Supplement to the account of plague administration in the Bombay Presidency from September 1896 till May 1897
Year: 1896
Disease focus: Plague
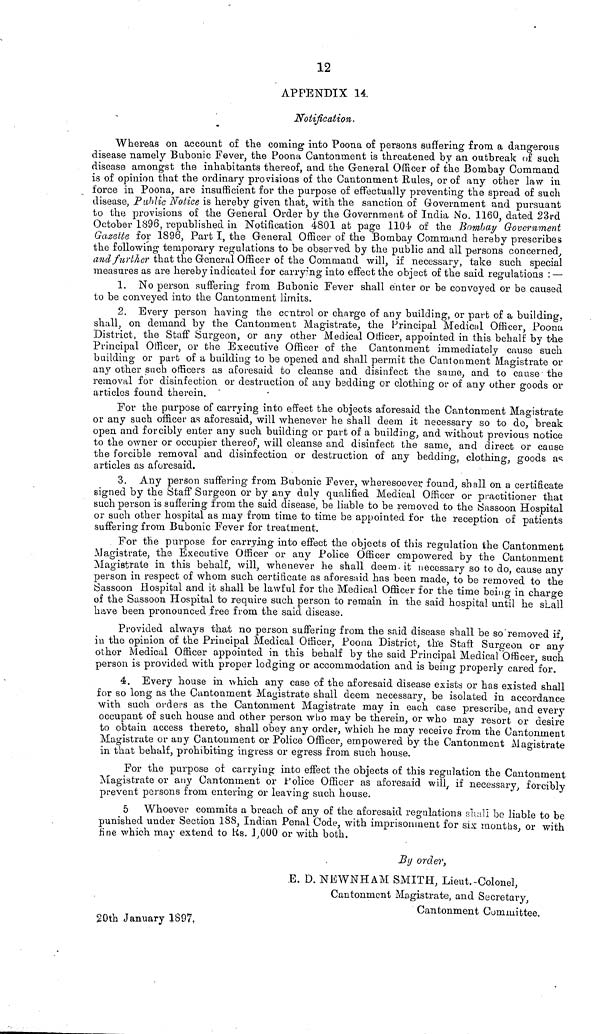
12
APPENDIX 14.
Notification.
Whereas on account of the coming into Poona of persons suffering from a dangerous
disease namely Bubonic Fever, the Poona Cantonment is threatened by an outbreak of such
disease amongst the inhabitants thereof, and the General Officer of the Bombay Command
is of opinion that the ordinary provisions of the Cantonment Rules, or of any other law in
force in Poona, are insufficient for the purpose of effectually preventing the spread of such
disease, Public Notice is hereby given that, with the sanction of Government and pursuant
to the provisions of the General Order by the Government of India No, 1160, dated 23rd
October 1896, republished in Notification 4801 at page 1104 of the Bombay Government
Gazette for 1896, Part I, the General Officer of the Bombay Command hereby prescribes
the following temporary regulations to be observed by the public and all persons concerned,
and further that the General Officer of the Command will, if necessary, take such special
measures as are hereby indicated for carrying into effect the object of the said regulations : —
1. No person suffering from Bubonic Fever shall enter or be conveyed or be caused
to be conveyed into the Cantonment limits.
2. Every person having the control or charge of any building, or part of a building,
shall, on demand by the Cantonment Magistrate, the Principal Medical Officer, Poona
District, the Staff Surgeon, or any other Medical Officer, appointed in this behalf by the
Principal Officer, or the Executive Officer of the Cantonment immediately cause such
building or part of a building to be opened and shall permit the Cantonment Magistrate or
any other such officers as aforesaid to cleanse and disinfect the same, and to cause the
removal for disinfection or destruction of any bedding or clothing or of any other goods or
articles found therein.
For the purpose of carrying into effect the objects aforesaid the Cantonment Magistrate
or any such officer as aforesaid, will whenever he shall deem it necessary so to do, break
open and forcibly enter any such building or part of a building, and without previous notice
to the owner or occupier thereof, will cleanse and disinfect the same, and direct or cause
the forcible removal and disinfection or destruction of any bedding, clothing, goods as
articles as aforesaid.
3. Any person suffering from Bubonic Fever, wheresoever, found, shall on a certificate
signed by the Staff Surgeon or by any duly qualified Medical Officer or practitioner that
such person is suffering from the said disease, be liable to be removed to the Sassoon Hospital
or such other hospital as may from time to time be appointed for the reception of patients
suffering from Bubonic Fever for treatment.
For the purpose for carrying into effect the objects of this regulation the Cantonment
Magistrate, the Executive Officer or any Police Officer empowered by the Cantonment
Magistrate in this behalf, will, whenever he shall deem it necessary so to do, cause any
person in respect of whom such certificate as aforesaid has been made, to be removed to the
Sassoon Hospital and it shall be lawful for the Medical Officer for the time being in charge
of the Sassoon Hospital to require such person to remain in the said hospital until he shall
have been pronounced free from the said disease.
Provided always that no person suffering from the said disease shall be so removed if,
in the opinion of the Principal Medical Officer, Poona District, the Staft Surgeon or any
other Medical Officer appointed in this behalf by the said Principal Medical Officer, such
person is provided with proper lodging or accommodation and is being properly cared for.
4. Every house in which any case of the aforesaid disease exists or has existed shall
for so long as the Cantonment Magistrate shall deem necessary, be isolated in accordance
with such orders as the Cantonment Magistrate may in each case prescribe, and every
occupant of such house and other person who may be therein, or who may resort or desire
to obtain access thereto, shall obey any order, which he may receive from the Cantonment
Magistrate or any Cantonment or Police Officer, empowered by the Cantonment Magistrate
in that behalf, prohibiting ingress or egress from such house.
For the purpose oí carrying into effect the objects of this regulation the Cantonment
Magistrate or any Cantonment or Police Officer as aforesaid will, if necessary, forcibly
prevent persons from entering or leaving such house.
5 Whoever commits a breach of any of the aforesaid regulations shall bo liable to be
punished under Section 188, Indian Penal Code, with imprisonment for six months, or with
fine which may extend to Rs. 1,000 or with both.
By order,
E. D. NEWNHAM SMITH, Lieut.-Colonel,
Cantonment Magistrate, and Secretary,
Cantonment Committee.
20th January 1897.